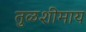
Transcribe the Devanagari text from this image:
तुळशीमाय